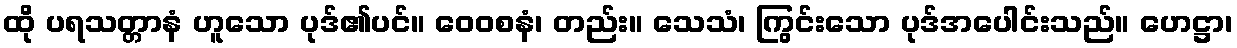
ထို ပရသတ္တာနံ ဟူသော ပုဒ်၏ပင်။ ဝေဝစနံ၊ တည်း။ သေသံ၊ ကြွင်းသော ပုဒ်အပေါင်းသည်။ ဟေဋ္ဌာ၊